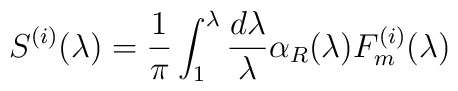
S^{(i)}(\lambda )=\frac 1\pi \int_1^\lambda \frac{d\lambda }\lambda \alpha_R(\lambda )F_m^{(i)}(\lambda )